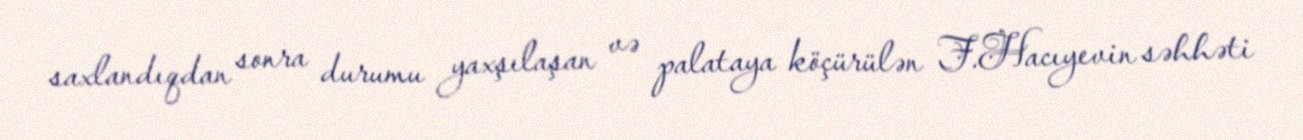
saxlandıqdan sonra durumu yaxşılaşan və palataya köçürülən F.Hacıyevin səhhəti